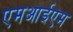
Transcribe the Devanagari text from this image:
एमआईएम